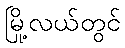
မြို့လယ်တွင်